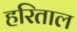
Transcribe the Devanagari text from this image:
हरिताल